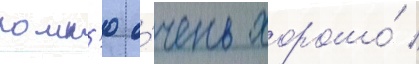
помн'ю о́чень хорошо́ /